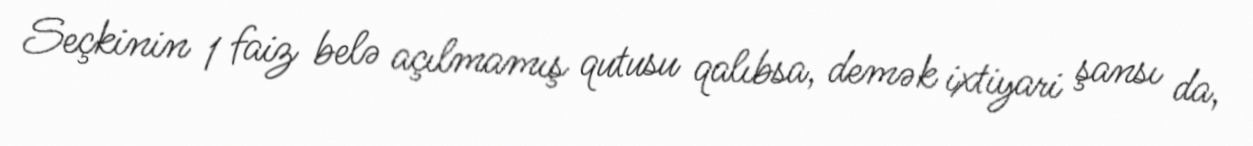
Seçkinin 1 faiz belə açılmamış qutusu qalıbsa, demək ixtiyari şansı da,